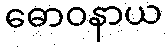
ဓောဝနာယ